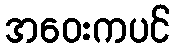
အဝေးကပင်